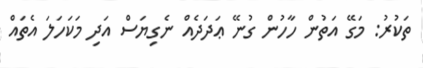
ތަކުރު: މަގޭ އަތުން ހާހުން ގުނޭ ޢަދަދެއް ނެގިޔަސް އަދި މަކަހަލަ އެތައް